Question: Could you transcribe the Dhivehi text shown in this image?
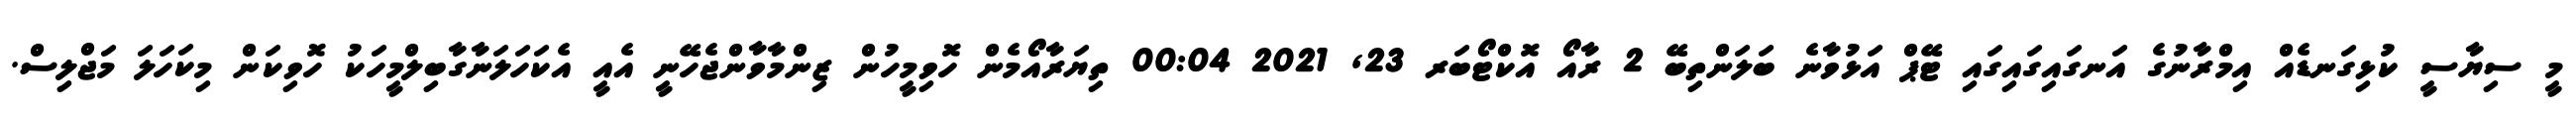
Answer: މީ ސިޔާސީ ކުޅިގަނޑެއް އިމްރާނުގެ އަނގައިގައިގައި ޓޭޕް އަޅުވާނެ ބަލަންތިބޭ 2 ރާއޯ އޮކްޓޯބަރ 23, 2021 00:04 ތިޔަރާއޯމެން ހޮވިމީހުން ޒިންމާވާންޖެހޭނީ އެއީ އެކަހަލަނާގާބިލްމީހަކު ހޮވިކަން މިކަހަލަ މަޖްލިސް.